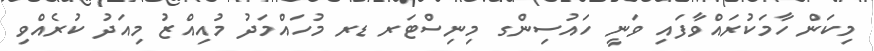
މިކަން ހާމަކުރައްވާފައި ވަނީ ހައުސިންގ މިނިސްޓަރ ޑރ މުހައްމަދު މުއިއްޒު މިއަދު ކުރެއްވި